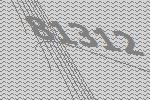
81312